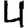
Digit: 4